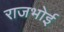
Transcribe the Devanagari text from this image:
राजभोई